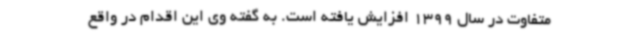
متفاوت در سال 1399 افزایش یافته است. به گفته وی این اقدام در واقع